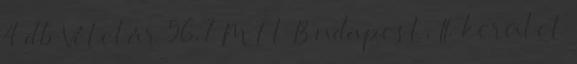
4 db Vételár 56,7 M Ft Budapest, II. kerület